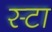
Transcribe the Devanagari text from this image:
स्टा